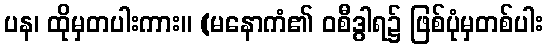
ပန၊ ထိုမှတပါးကား။ (မနောကံ၏ ဝစီဒွါရ၌ ဖြစ်ပုံမှတစ်ပါး